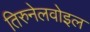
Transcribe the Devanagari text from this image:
तिरुनेलवोइल